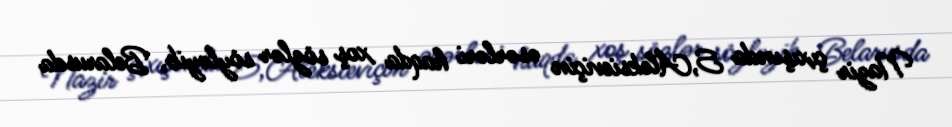
Nazir çıxışında S,Aleksieviçin əsərləri haqda xoş sözlər söyləyib, Belarusda